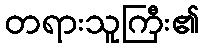
တရားသူကြီး၏